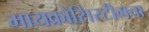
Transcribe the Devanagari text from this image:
मायक्रोसिस्टीमचा